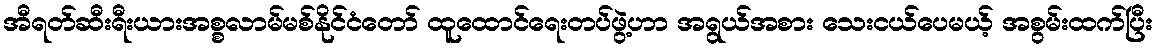
အီရတ်ဆီးရီးယားအစ္စလာမ်မစ်နိုင်ငံတော် ထူထောင်ရေးတပ်ဖွဲ့ဟာ အရွယ်အစား သေးငယ်ပေမယ့် အစွမ်းထက်ပြီး